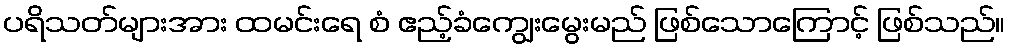
ပရိသတ်များအား ထမင်းရေ စံ ဧည့်ခံကျွေးမွေးမည် ဖြစ်သောကြောင့် ဖြစ်သည်။